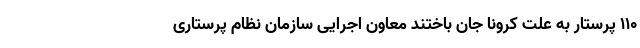
۱۱۰ پرستار به علت کرونا جان باختند معاون اجرایی سازمان نظام پرستاری